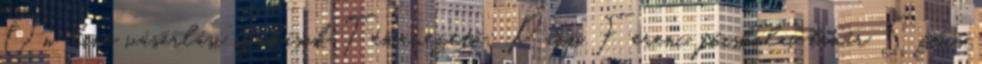
On-line vásárlási szokások Témavezető: Papp Ferenc, főiskolai tanár Szűcs